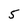
Character: 5